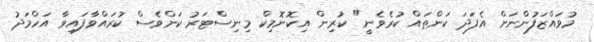
މުވައްޒަފުންނަށް އެފަދަ ކަންތައް ކުރެވެނީ" ކުރިން އިކޮނޮމިކް މިނިސްޓަރު ކަންވެސް ކުރައްވާފައިވާ އަހްމަދު